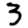
Digit: 3